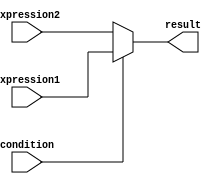
module ternary_operator (
    input wire condition,
    input wire expression1,
    input wire expression2,
    output wire result
);

assign result = condition ? expression1 : expression2;

endmodule